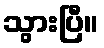
သွားပြီ။